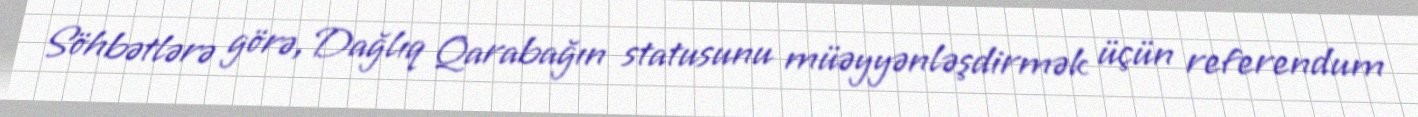
Söhbətlərə görə, Dağlıq Qarabağın statusunu müəyyənləşdirmək üçün referendum